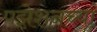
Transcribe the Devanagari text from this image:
पझेशनच्या